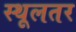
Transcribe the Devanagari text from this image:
स्थूलतर